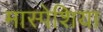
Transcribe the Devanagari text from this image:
मास्पेशिया